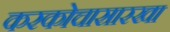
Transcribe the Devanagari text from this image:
करकोचासारखा